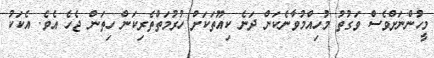
މީހުންނަށްވެސް ވަގުތު މުހިއްމުވާނެކަން ދަނެ ކިއޫތަކަށް ހުރުމަތްތެރިކަން ހިތަން ޖެހެ އެވެ. އެކަކު